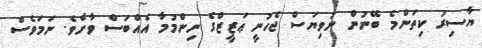
ޔާސިރު ކިތަންމެ ބޭނުން ނުވިޔަސް ޖެހުނީ ޢަޒީޒްގެ ނިންމުމާ އެއްބަސް ވާށެވެ. ނަމަވެސް